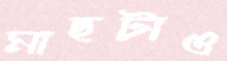
মাছটাও